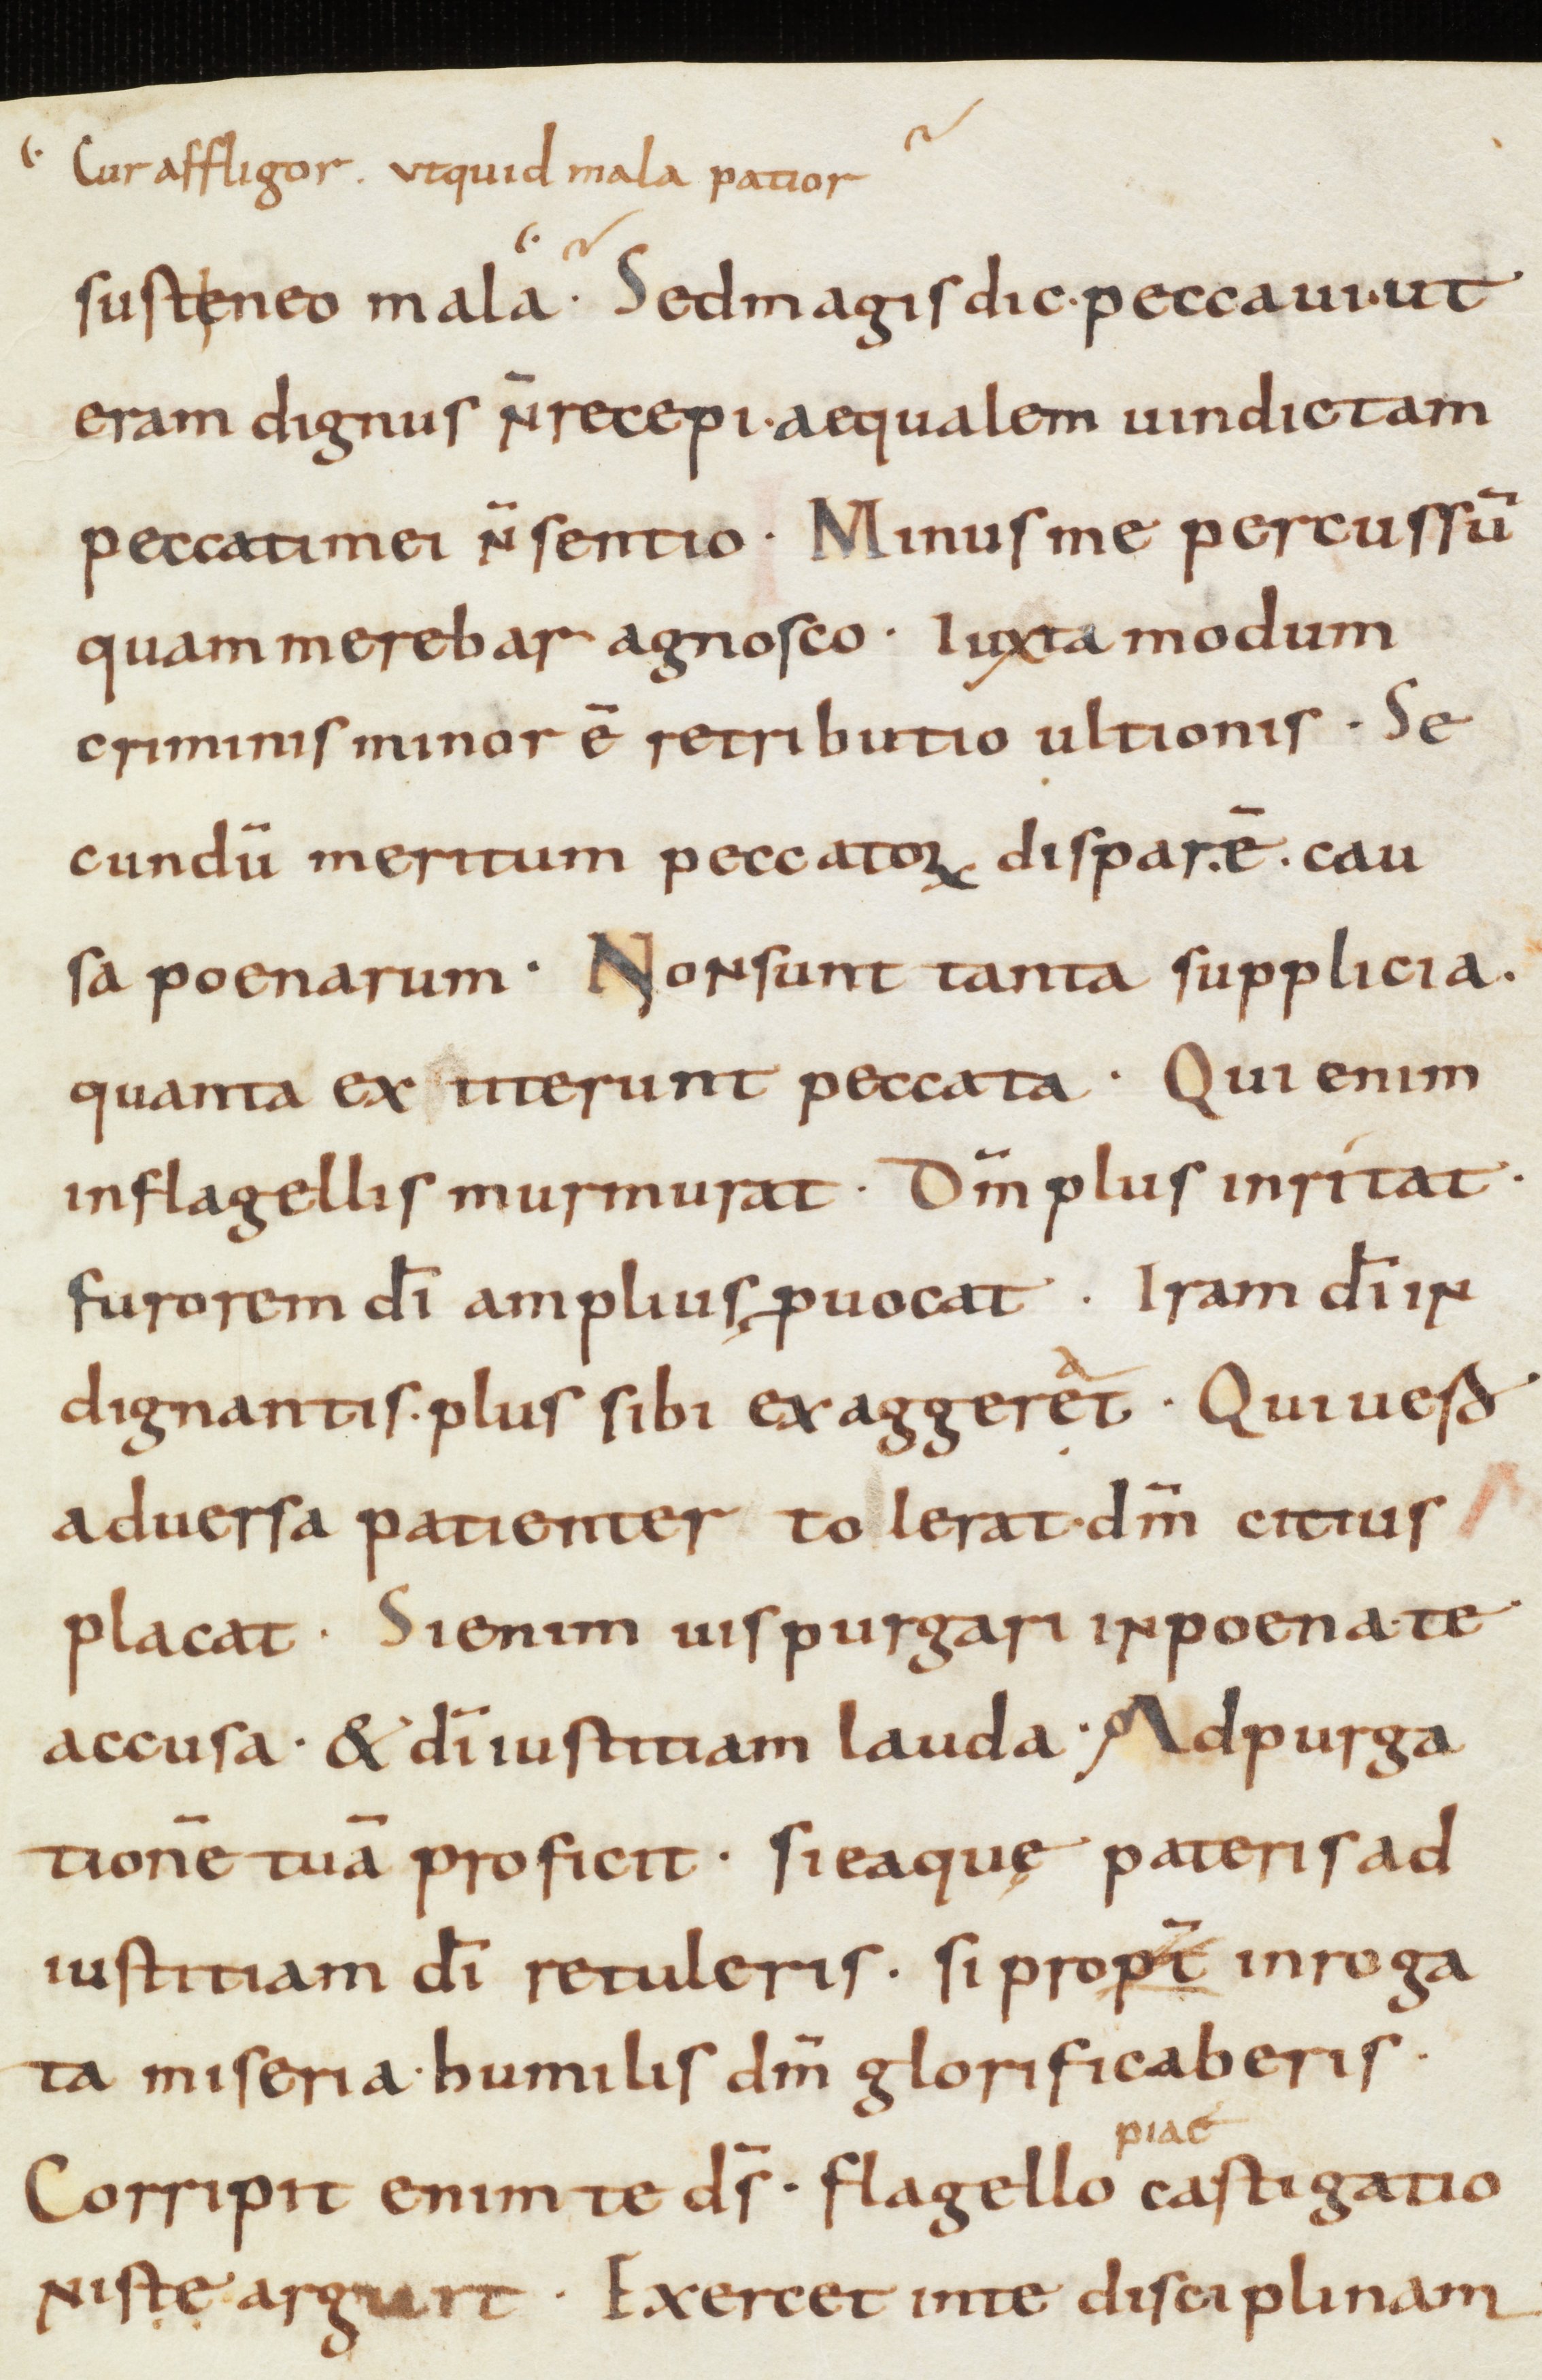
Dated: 866–899